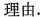
理由.